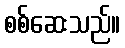
စစ်ဆေးသည်။